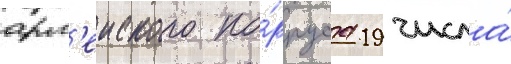
арм'еиского ко́рпуса 19 числа́